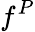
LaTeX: f^{P}